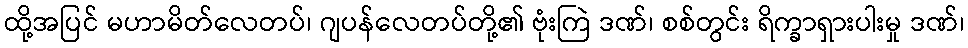
ထို့အပြင် မဟာမိတ်လေတပ်၊ ဂျပန်လေတပ်တို့၏ ဗုံးကြဲ ဒဏ်၊ စစ်တွင်း ရိက္ခာရှားပါးမှု ဒဏ်၊